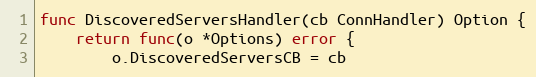
Language: Go
func DiscoveredServersHandler(cb ConnHandler) Option {
	return func(o *Options) error {
		o.DiscoveredServersCB = cb